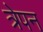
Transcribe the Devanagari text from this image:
त्रेपन